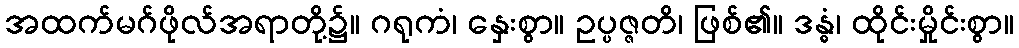
အထက်မဂ်ဖိုလ်အရာတို့၌။ ဂရုကံ၊ နှေးစွာ။ ဥပ္ပဇ္ဇတိ၊ ဖြစ်၏။ ဒန္ဓံ၊ ထိုင်းမှိုင်းစွာ။